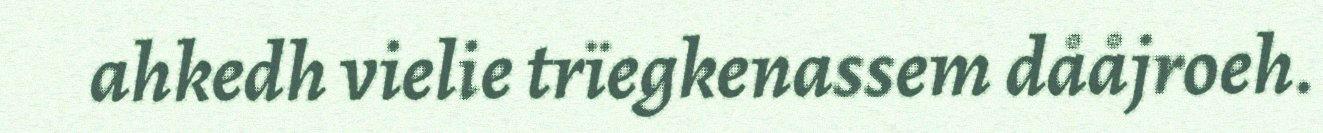
ahkedh vielie trïegkenassem dååjroeh.